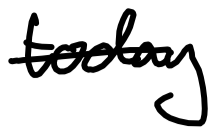
Text: today
Cross-out: single-line
Writing tool: digital_black